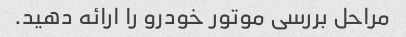
مراحل بررسی موتور خودرو را ارائه دهید.